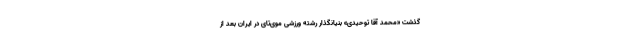
گذشت «محمد آقا توحیدی» بنیانگذار رشته ورزشی موی‌تای در ایران بعد از